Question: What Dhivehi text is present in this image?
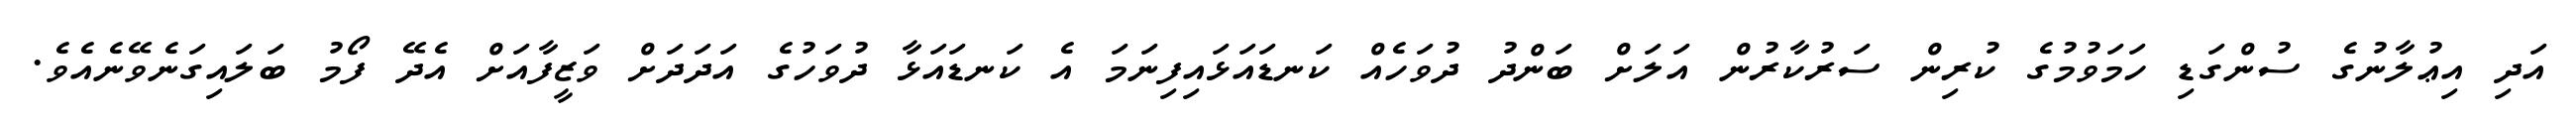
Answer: އަދި އިޢުލާނުގެ ސުންގަޑި ހަމަވުމުގެ ކުރިން ސަރުކާރުން އަލަށް ބަންދު ދުވަހެއް ކަނޑައަޅައިފިނަމަ އެ ކަނޑައަޅާ ދުވަހުގެ އަދަދަށް ވަޒީފާއަށް އެދޭ ފޯމު ބަލައިގަނެވޭނެއެވެ.